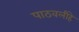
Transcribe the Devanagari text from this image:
पाठवलीहे